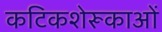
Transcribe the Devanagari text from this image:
कटिकशेरूकाओं